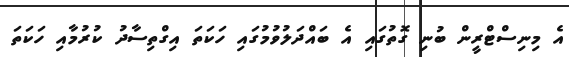
އެ މިނިސްޓްރީން ބުނި ގޮތުގައި އެ ބައްދަލުވުމުގައި ހަކަތަ އިގްތިސާދު ކުރުމާއި ހަކަތަ